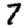
Digit: 7